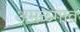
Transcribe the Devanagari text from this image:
अमळगाव